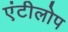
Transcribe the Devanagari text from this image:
एंटीलोप